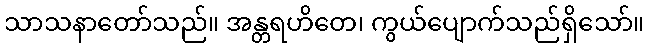
သာသနာတော်သည်။ အန္တရဟိတေ၊ ကွယ်ပျောက်သည်ရှိသော်။